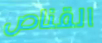
القناص